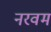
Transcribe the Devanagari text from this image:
नरवम